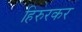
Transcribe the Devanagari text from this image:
हिरुरकर